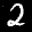
Label: 2